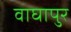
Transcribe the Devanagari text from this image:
वाघापुर